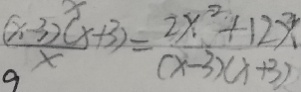
\frac { ( x - 3 ) ( x + 3 ) } { x } = \frac { 2 x ^ { 2 } + 1 2 x } { ( x - 3 ) ( x + 3 ) }